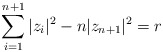
\begin{align*}\sum_{i = 1}^{n+1} |z_i|^2 - n |z_{n+1}|^2 = r\end{align*}